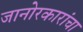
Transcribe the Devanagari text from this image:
जानोरकारांचा